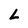
Character: L